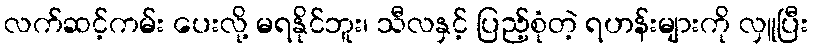
လက်ဆင့်ကမ်း ပေးလို့ မရနိုင်ဘူး၊ သီလနှင့် ပြည့်စုံတဲ့ ရဟန်းများကို လှူပြီး